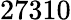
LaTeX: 27310